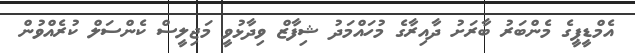
އެމްޑީޕީގެ މެންބަރު ބާރަށު ދާއިރާގެ މުހައްމަދު ޝިފާޒް ވިދާޅުވީ މަޖިލީސް ކެންސަލް ކުރެއްވުން